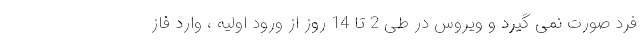
فرد صورت نمی گیرد و ویروس در طی 2 تا 14 روز از ورود اولیه ، وارد فاز